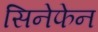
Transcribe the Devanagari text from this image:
सिनेफेन